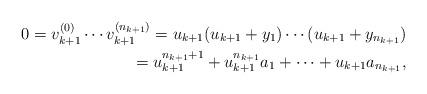
LaTeX: \begin{align*}0=v_{k+1}^{(0)}\cdots v_{k+1}^{(n_{k+1})}=u_{k+1}(u_{k+1}+y_1)\cdots (u_{k+1}+y_{n_{k+1}})\\=u_{k+1}^{n_{k+1}+1}+u_{k+1}^{n_{k+1}}a_1+\cdots+u_{k+1}a_{n_{k+1}}, \end{align*}